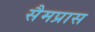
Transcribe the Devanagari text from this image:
सैमप्रास